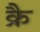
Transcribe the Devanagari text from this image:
क्रै